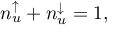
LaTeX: n _ { u } ^ { \uparrow } + n _ { u } ^ { \downarrow } = 1 ,